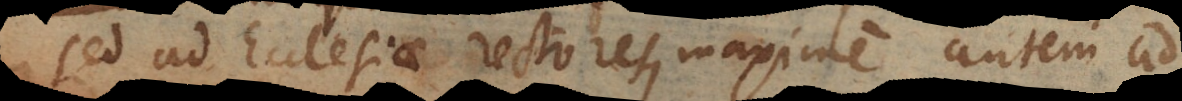
sed ad Ecclesiae rectores, maxime autem ad